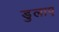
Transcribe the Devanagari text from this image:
डुलाए